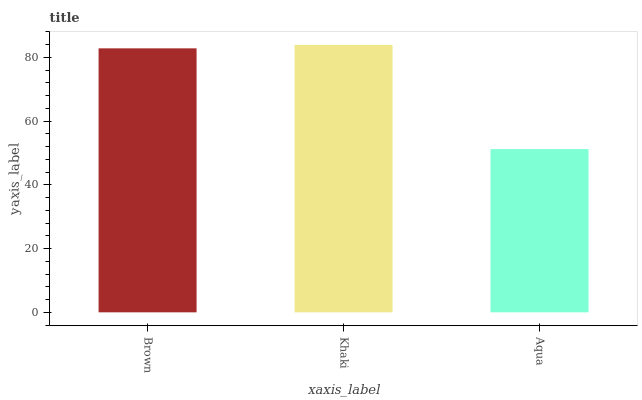
| xaxis_label | bars |
 | --- | --- |
 | Brown | 82.9 |
 | Khaki | 83.9 |
 | Aqua | 51.2 |